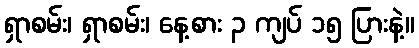
ရှာစမ်း၊ ရှာစမ်း၊ နေ့စား ၃ ကျပ် ၁၅ ပြားနဲ့။